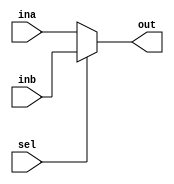
`timescale 1ns/1ps

module mux2_1(
    input [31:0] ina, inb,
    input sel,
    output [31:0] out
);

	assign out = (sel == 1'b0 ? ina : inb);
endmodule